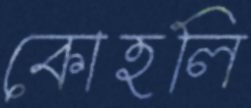
কোহলি